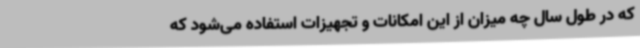
که در طول سال چه میزان از این امکانات و تجهیزات استفاده می‌شود که